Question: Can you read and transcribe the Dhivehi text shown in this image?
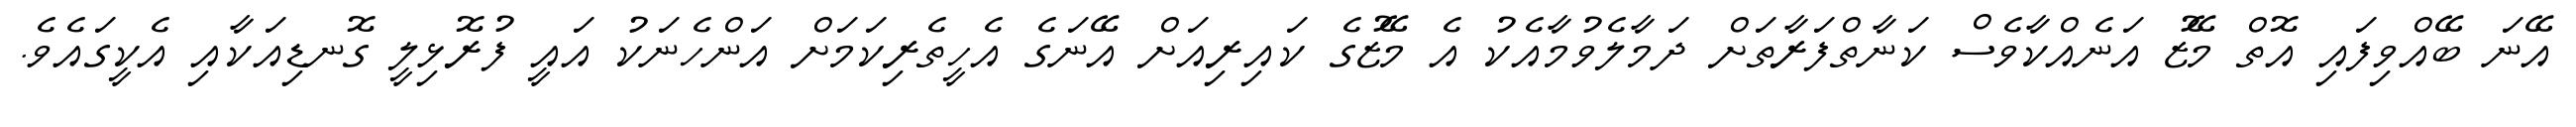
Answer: އޭނަ ބޭއްވިފައި އޮތް މޭޒު އަނެއްކާވެސް ކަނާތްފަރާތަށް ދަމާލެވުމާއެކު އެ މޭޒުގެ ކައިރިއަށް އޭނަގެ އެހީތެރިކަމަށް އަންހެނަކު އައީ ފުރޮޅިލީ ގޮނޑިއަކާއި އެކީގައެވެ.